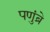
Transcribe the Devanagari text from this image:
पणुंब्रे